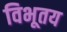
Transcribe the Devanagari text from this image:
विभूतय